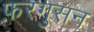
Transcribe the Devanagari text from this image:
फ़रगुसन